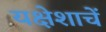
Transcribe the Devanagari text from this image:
यक्षेशाचें